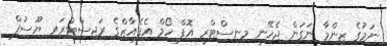
ނަމުގެ ޒިންމާ ނަގަން ޖެހޭނީ މިނިސްޓްރީ އޮފް ހޯމް އެފެއާޒްގެ ރަޖިސްޓްރަރ ޔޫސުފް